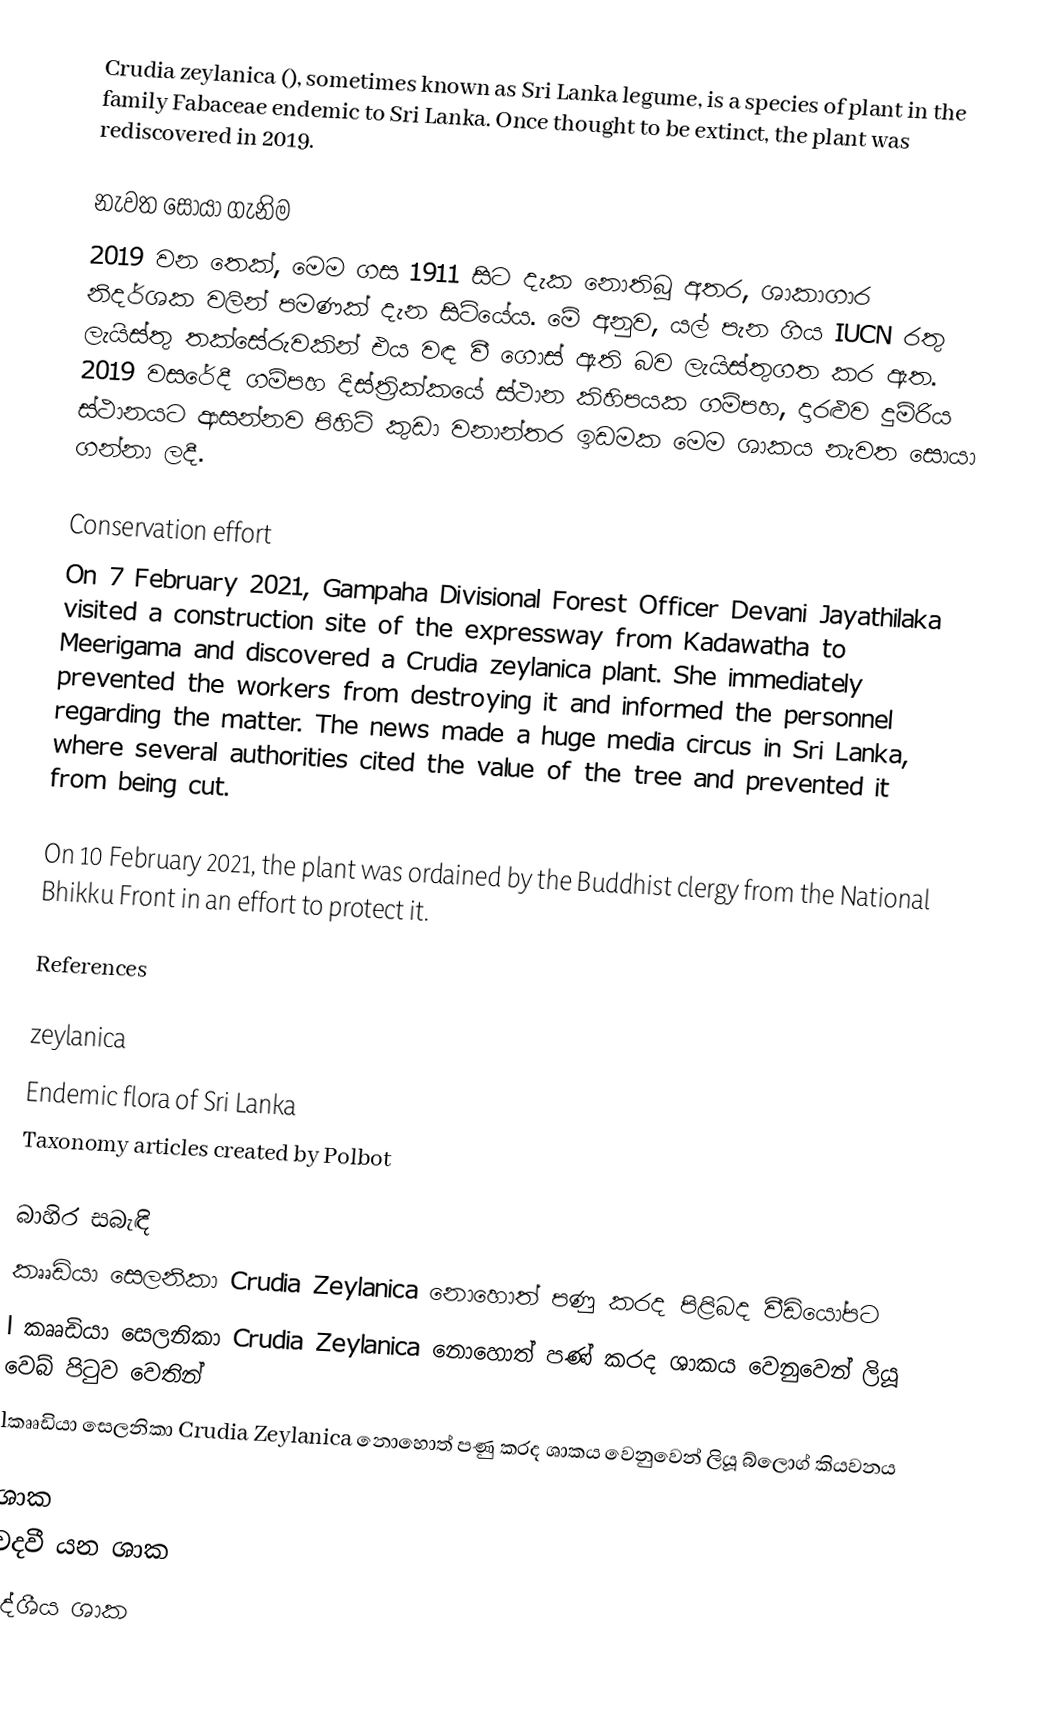
Crudia zeylanica (), sometimes known as Sri Lanka legume, is a species of plant in the family Fabaceae endemic to Sri Lanka. Once thought to be extinct, the plant was rediscovered in 2019.

නැවත සොයා ගැනිම
2019 වන තෙක්, මෙම ගස 1911 සිට දැක නොතිබූ අතර, ශාකාගාර නිදර්ශක වලින් පමණක් දැන සිටියේය.  මේ අනුව, යල් පැන ගිය IUCN රතු ලැයිස්තු තක්සේරුවකින් එය වඳ වී ගොස් ඇති බව ලැයිස්තුගත කර ඇත.  2019 වසරේදී ගම්පහ දිස්ත්‍රික්කයේ ස්ථාන කිහිපයක ගම්පහ, දාරළුව දුම්රිය ස්ථානයට ආසන්නව පිහිටි කුඩා වනාන්තර ඉඩමක මෙම ශාකය නැවත සොයා ගන්නා ලදී.

Conservation effort
On 7 February 2021, Gampaha Divisional Forest Officer Devani Jayathilaka visited a construction site of the expressway from Kadawatha to Meerigama and discovered a Crudia zeylanica plant. She immediately prevented the workers from destroying it and informed the personnel regarding the matter. The news made a huge media circus in Sri Lanka, where several authorities cited the value of the tree and prevented it from being cut.

On 10 February 2021, the plant was ordained by the Buddhist clergy from the National Bhikku Front in an effort to protect it.

References

zeylanica
Endemic flora of Sri Lanka
Taxonomy articles created by Polbot

බාහිර සබැඳි
 කෘෘඩියා සෙලනිකා Crudia Zeylanica නොහොත් පණු කරද පිළිබද වීඩියෝපට
 l කෘෘඩියා සෙලනිකා Crudia Zeylanica නොහොත් පණ් කරද ශාකය වෙනුවෙන් ලියූ වෙබ් පිටුව වෙතින්
 lකෘෘඩියා සෙලනිකා Crudia Zeylanica නොහොත් පණු කරද ශාකය වෙනුවෙන් ලියූ බ්ලොග් කියවනය

ශාක
වදවී යන ශාක
දේශීය ශාක